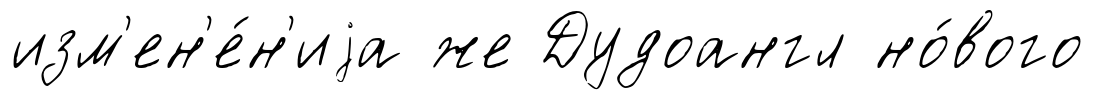
изм'ен'е́н'иjа же Дудоангл но́вого